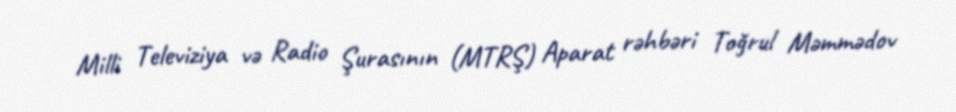
Milli Televiziya və Radio Şurasının (MTRŞ) Aparat rəhbəri Toğrul Məmmədov